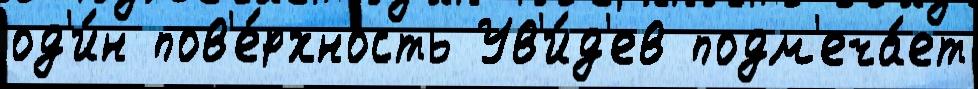
од'и́н пов'е́рхность Ув'и́д'ев подм'еча́ет